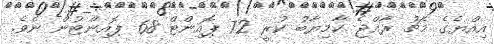
އިއްޔެގެ މެޗު ރާއްޖެ ކާމިޔާބު ކުރީ 72 ޕޮއިންޓް 68 ޕޮއިންޓުން ނެވެ.